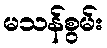
မသန်စွမ်း